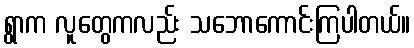
ရွာက လူတွေကလည်း သဘောကောင်းကြပါတယ်။